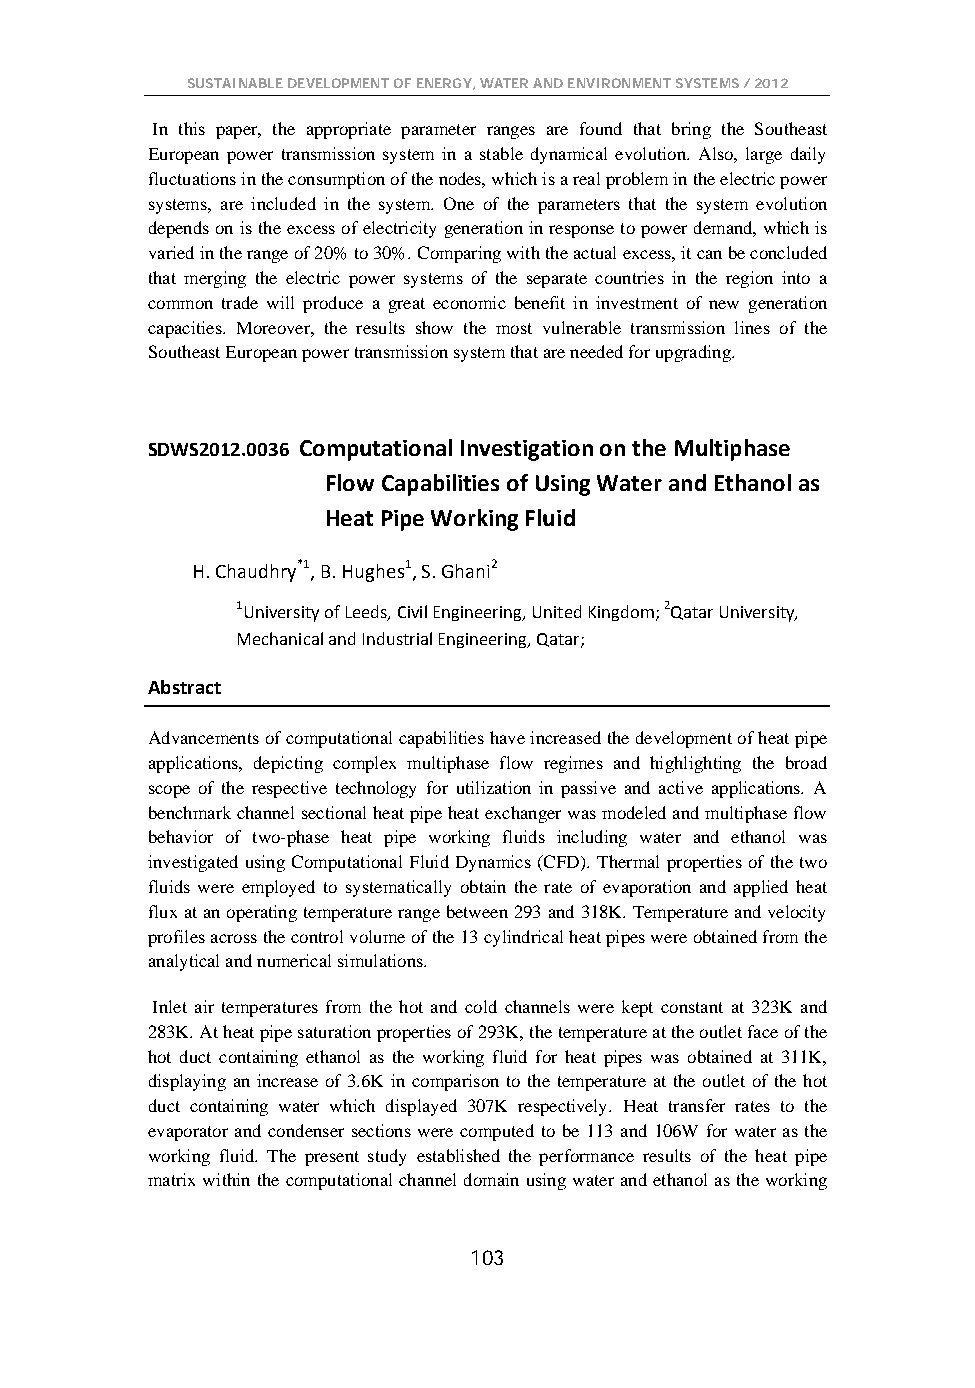
SUSTAINABLE DEVELOPMENT OF ENERGY, WATER AND ENVIRONMENT SYSTEMS / 2012
 In this paper, the appropriate parameter ranges are found that bring the Southeast
 European power transmission system in a stable dynamical evolution. Also, large daily
 fluctuations in the consumption of the nodes, which is a real problem in the electric power
 systems, are included in the system. One of the parameters that the system evolution
 depends on is the excess of electricity generation in response to power demand, which is
 varied in the range of 20% to 30%. Comparing with the actual excess, it can be concluded
 that merging the electric power systems of the separate countries in the region into a
 common trade will produce a great economic benefit in investment of new generation
 capacities. Moreover, the results show the most vulnerable transmission lines of the
 Southeast European power transmission system that are needed for upgrading.
 SDWS2012.0036 Computational Investigation on the Multiphase
 Flow Capabilities of Using Water and Ethanol as
 Heat Pipe Working Fluid
 H. Chaudhry*1, B. Hughes1, S. Ghani2
 1University of Leeds, Civil Engineering, United Kingdom; 2Qatar University,
 Mechanical and Industrial Engineering, Qatar;
 Abstract
 Advancements of computational capabilities have increased the development of heat pipe
 applications, depicting complex multiphase flow regimes and highlighting the broad
 scope of the respective technology for utilization in passive and active applications. A
 benchmark channel sectional heat pipe heat exchanger was modeled and multiphase flow
 behavior of two-phase heat pipe working fluids including water and ethanol was
 investigated using Computational Fluid Dynamics (CFD). Thermal properties of the two
 fluids were employed to systematically obtain the rate of evaporation and applied heat
 flux at an operating temperature range between 293 and 318K. Temperature and velocity
 profiles across the control volume of the 13 cylindrical heat pipes were obtained from the
 analytical and numerical simulations.
 Inlet air temperatures from the hot and cold channels were kept constant at 323K and
 283K. At heat pipe saturation properties of 293K, the temperature at the outlet face of the
 hot duct containing ethanol as the working fluid for heat pipes was obtained at 311K,
 displaying an increase of 3.6K in comparison to the temperature at the outlet of the hot
 duct containing water which displayed 307K respectively. Heat transfer rates to the
 evaporator and condenser sections were computed to be 113 and 106W for water as the
 working fluid. The present study established the performance results of the heat pipe
 matrix within the computational channel domain using water and ethanol as the working
 103